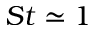
S t \simeq 1